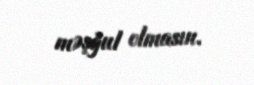
məşğul olmasın.